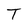
Character: T